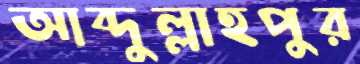
আব্দুল্লাহপুর